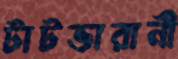
টাটভারানী